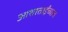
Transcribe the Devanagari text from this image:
आशाताईंच्याच